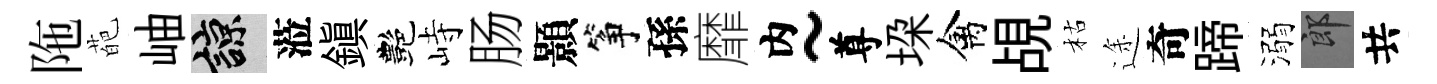
陁葩岫諒蒞鎭艷峙肠顥筝孫靡内~尊垜禽覘枯途奇蹄溺郎共